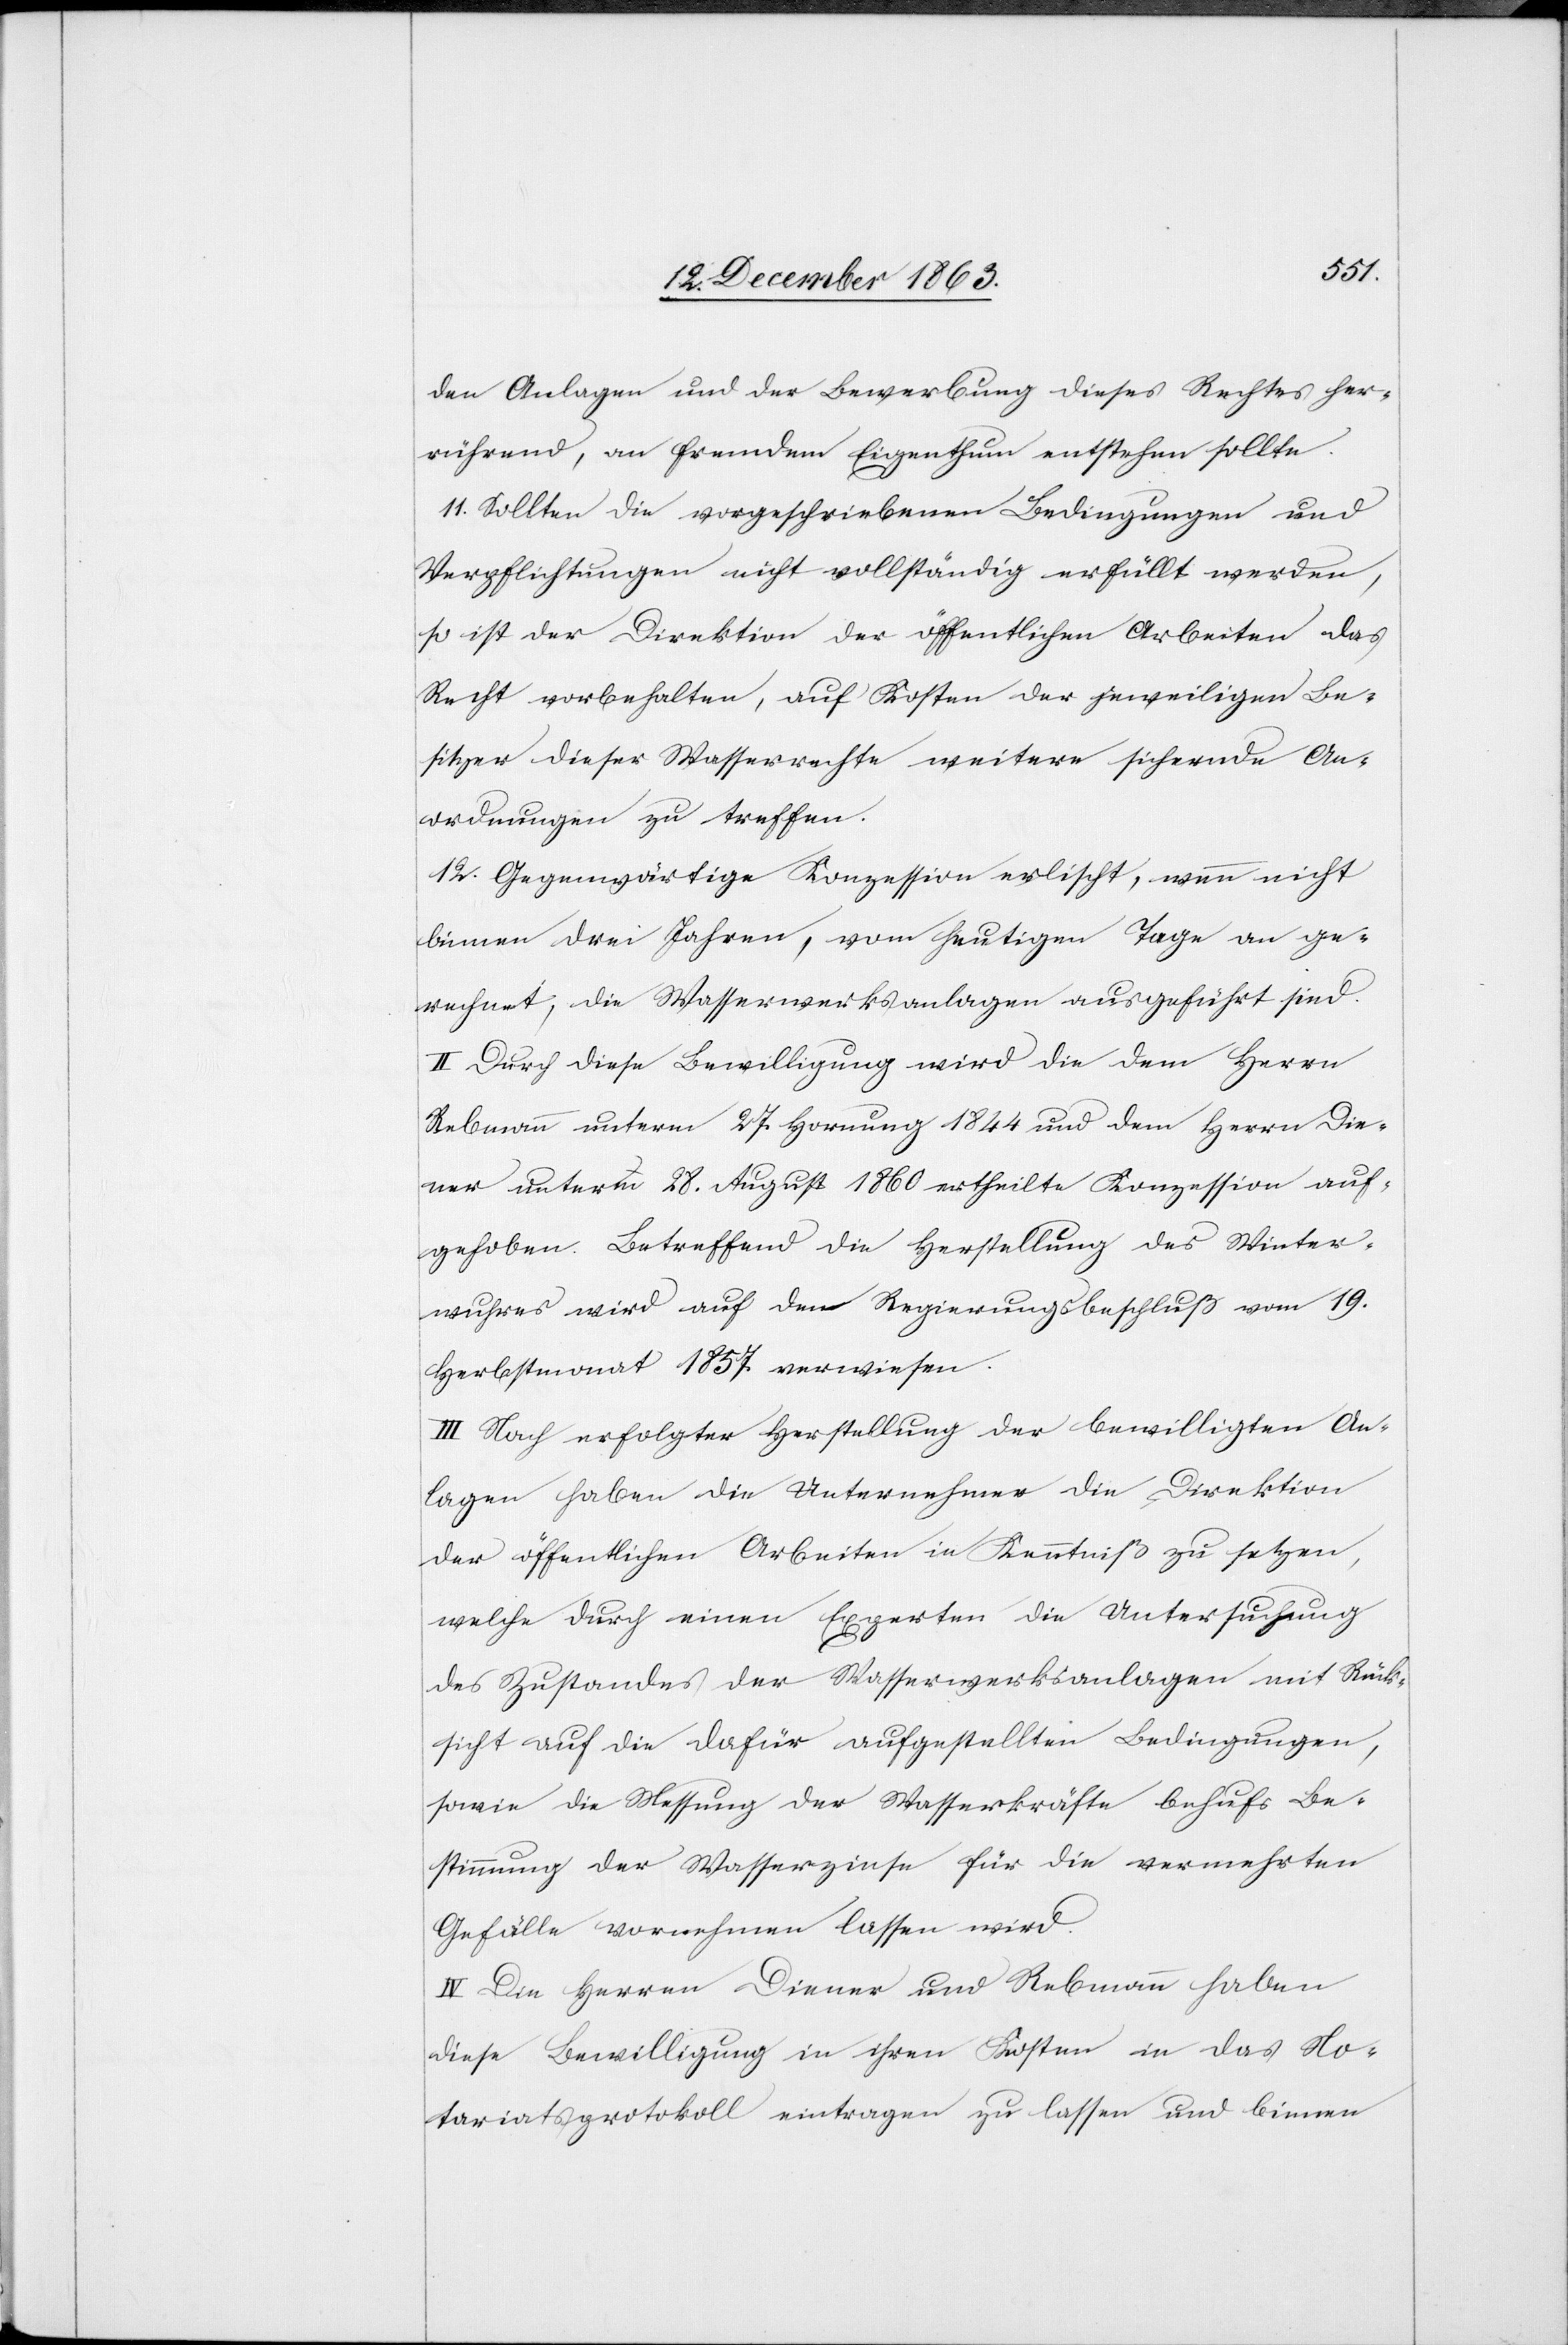
den Anlagen und der Bewerbung dieses Rechtes her¬
rührend, an fremdem Eigenthum entstehen sollte.
11. Sollten die vorgeschriebenen Bedingungen und
Verpflichtungen nicht vollständig erfüllt werden,
so ist der Direktion der öffentlichen Arbeiten das
Recht vorbehalten auf Kosten der jeweiligen Be¬
sitzer dieser Wasserrechte weitere sichernde An¬
ordnungen zu treffen.
12. Gegenwärtige Konzession erlischt, wenn nicht
binnen drei Jahren, vom heutigen Tage an ge¬
rechnet, die Wasserwerksanlagen ausgeführt sind.
II. Durch diese Bewilligung wird die dem Herrn
Rebmann unterm 27. Hornung 1844 und dem Herrn Die¬
ner unterm 28. August 1860 ertheilte Konzession auf¬
gehoben. Betreffend die Herstellung des Winter¬
wuhres wird auf den Regierungsbeschluß vom 19.
Herbstmonat 1857 verwiesen.
III. Nach erfolgter Herstellung der bewilligten An¬
lagen haben die Unternehmer die Direktion
der öffentlichen Arbeiten in Kenntniß zu setzen,
welche durch einen Experten die Untersuchung
des Zustandes der Wasserwerksanlagen mit Rück¬
sicht auf die dafür aufgestellten Bedingungen,
sowie die Messung der Wasserkräfte behufs Be¬
stimmung der Wasserzinse für die vermehrten
Gefälle vornehmen lassen wird.
IV. Die Herren Diener und Rebmann haben
diese Bewilligung in ihren Kosten in das No¬
tariatsprotokoll eintragen zu lassen und binnen